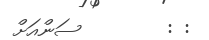
: :        ސަންއަށް